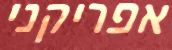
אפריקני